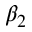
\beta _ { 2 }